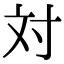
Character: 対